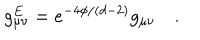
g _ { \mu \nu } ^ { E } = e ^ { - 4 \phi / ( d - 2 ) } g _ { \mu \nu } \quad .